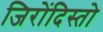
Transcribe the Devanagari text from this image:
जिरोंदिस्तो